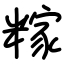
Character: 糘